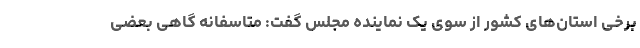
برخی استان‌های کشور از سوی یک نماینده مجلس گفت: متاسفانه گاهی بعضی